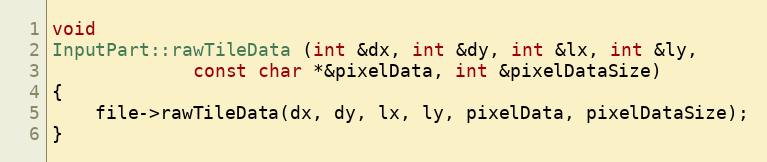
Language: C++
void
InputPart::rawTileData (int &dx, int &dy, int &lx, int &ly,
             const char *&pixelData, int &pixelDataSize)
{
    file->rawTileData(dx, dy, lx, ly, pixelData, pixelDataSize);
}